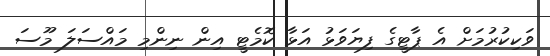
ވަކިކުރުމަށް އެ ޕާޓީގެ ފިޔަވަޅު އަޅާ ކޮމެޓީ އިން ނިންމި މައްސަލަ މޫސަ